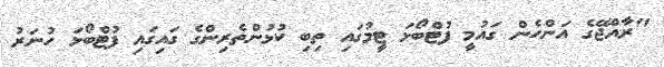
"ރާއްޖޭގެ އަންހެން ގައުމީ ފުޓްބޯޅަ ޓީމުގައި ތިބި ކުޅުންތެރިންގެ ގައިގައި ފުޓްބޯޅަ ހުނަރު